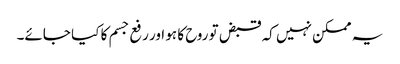
یہ ممکن نہیں کہ قبض تو روح کا ہو اور رفع جسم کا کیا جائے۔